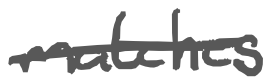
Text: matches
Cross-out: single-line
Writing tool: digital_gray